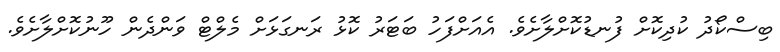
ބިސްކޯދު ކުދިކޮށް ފުނޑުކޮށްލާށެވެ. އެއަށްފަހު ބަޓަރު ކޮޅު ރަނގަޅަށް މެލްޓް ވަންދެން ހޫނުކޮށްލާށެވެ.